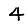
Digit: 4